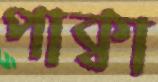
পাক্বা